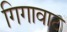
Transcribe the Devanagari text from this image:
गिगावाट